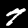
Label: 7